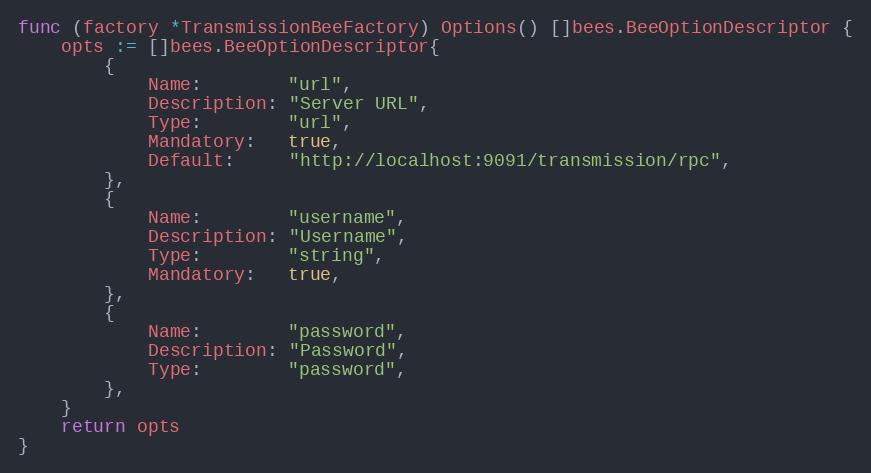
Language: Go
func (factory *TransmissionBeeFactory) Options() []bees.BeeOptionDescriptor {
	opts := []bees.BeeOptionDescriptor{
		{
			Name:        "url",
			Description: "Server URL",
			Type:        "url",
			Mandatory:   true,
			Default:     "http://localhost:9091/transmission/rpc",
		},
		{
			Name:        "username",
			Description: "Username",
			Type:        "string",
			Mandatory:   true,
		},
		{
			Name:        "password",
			Description: "Password",
			Type:        "password",
		},
	}
	return opts
}